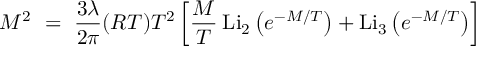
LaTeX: M ^ { 2 } ~ = ~ \frac { 3 \lambda } { 2 \pi } ( R T ) T ^ { 2 } \left[ \frac { M } { T } \: \mathrm { L i } _ { 2 } \left( e ^ { - M / T } \right) + \mathrm { L i } _ { 3 } \left( e ^ { - M / T } \right) \right] ~